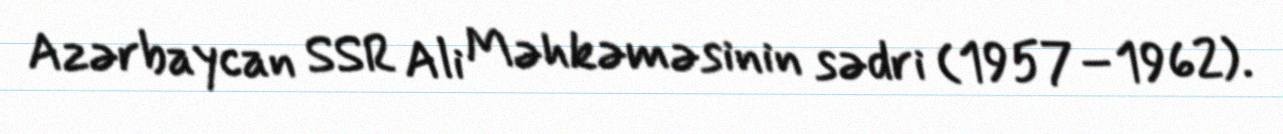
Azərbaycan SSR Ali Məhkəməsinin sədri (1957–1962).